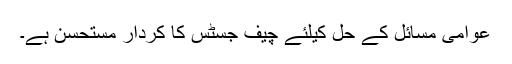
عوامی مسائل کے حل کیلئے چیف جسٹس کا کردار مستحسن ہے۔